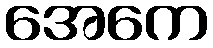
အေကေ